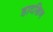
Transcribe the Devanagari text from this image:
हादक्षिण